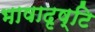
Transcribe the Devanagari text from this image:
भाषादृष्टि